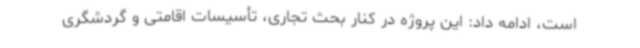
است، ادامه داد: این پروژه در کنار بحث تجاری، تأسیسات اقامتی و گردشگری